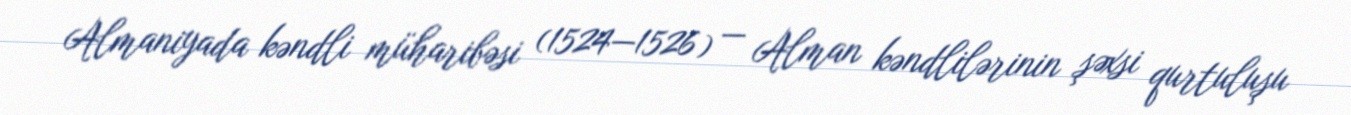
Almaniyada kəndli müharibəsi (1524—1526) — Alman kəndlilərinin şəxsi qurtuluşu